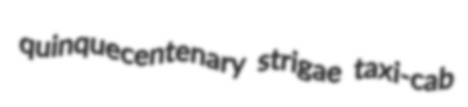
quinquecentenary strigae taxi-cab